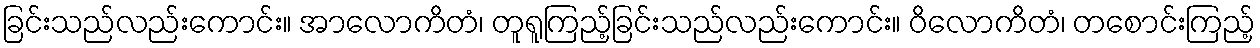
ခြင်းသည်လည်းကောင်း။ အာလောကိတံ၊ တူရူကြည့်ခြင်းသည်လည်းကောင်း။ ဝိလောကိတံ၊ တစောင်းကြည့်